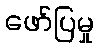
ဖော်ပြမှု